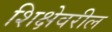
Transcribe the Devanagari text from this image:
शिक्षेवरील